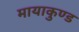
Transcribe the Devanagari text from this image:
मायाकुण्ड